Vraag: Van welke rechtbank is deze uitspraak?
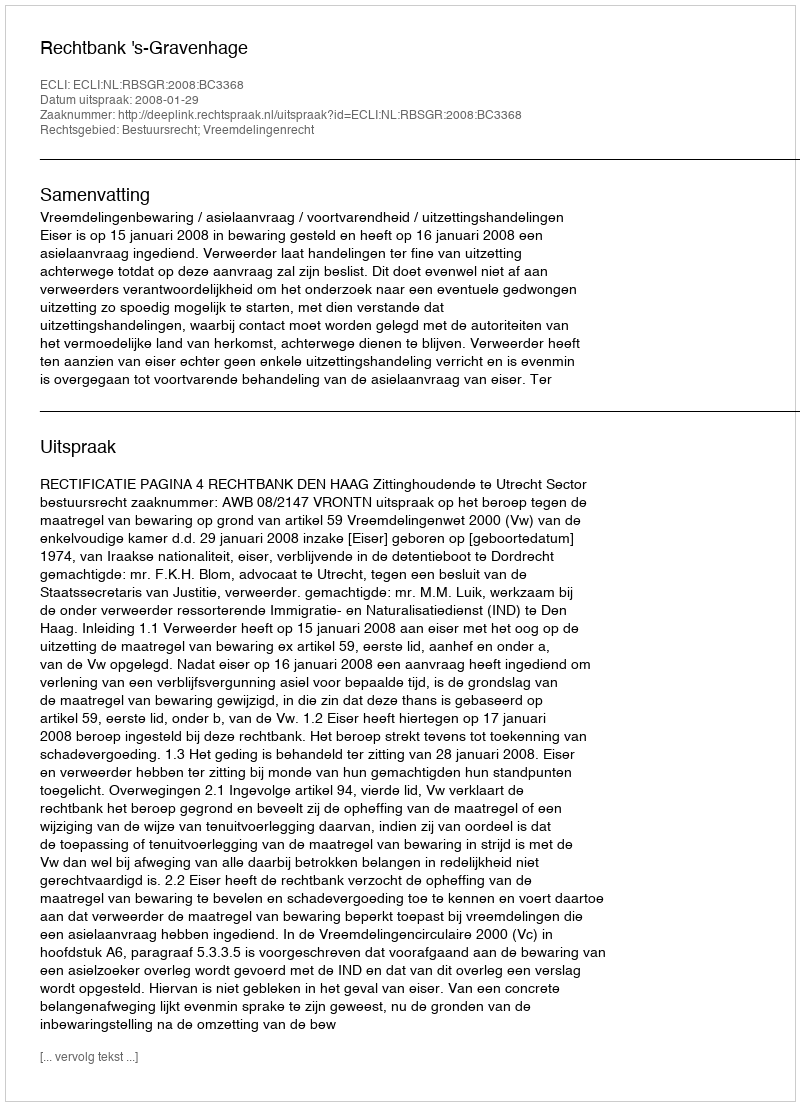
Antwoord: Rechtbank 's-Gravenhage